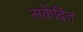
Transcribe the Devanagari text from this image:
सकेंद्रित